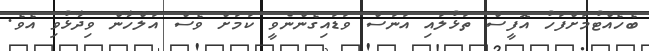
ބެހެއްޓުމަށްފަހު އޮފީސް ތަޅުލައި އަނަސް ވަޑައިގެންނެވީ ކަމަށް ވެސް އަލްހާން ވިދާޅުވި އެވެ.